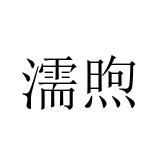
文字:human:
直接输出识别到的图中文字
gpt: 濡煦